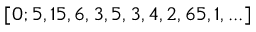
[ 0 ; 5 , 1 5 , 6 , 3 , 5 , 3 , 4 , 2 , 6 5 , 1 , . . . ]